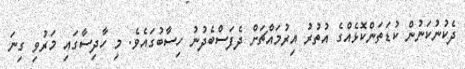
ދެކުނުކަނުން ކުޑަތަންކޮޅެއްގެ އުތުރު އިރުމައްޗަށް ދެފަސްބެދުނު ހިސާބުގައެވެ. މި ހާދިސާގައި މަރުވި ގިނަ